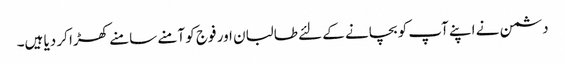
دشمن نے اپنے آپ کو بچانے کے لئے طالبان اور فوج کو آمنے سامنے کھڑا کر دیا ہیں۔